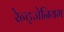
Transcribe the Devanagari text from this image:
रेन्ट्जेनियम